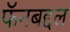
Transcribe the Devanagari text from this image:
फॅनबद्दल